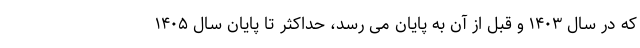
که در سال ۱۴۰۳ و قبل از آن به پایان می رسد، حداکثر تا پایان سال ۱۴۰۵